Report on vaccination in the Province of Bengal - 1869-1873
Year: 1869
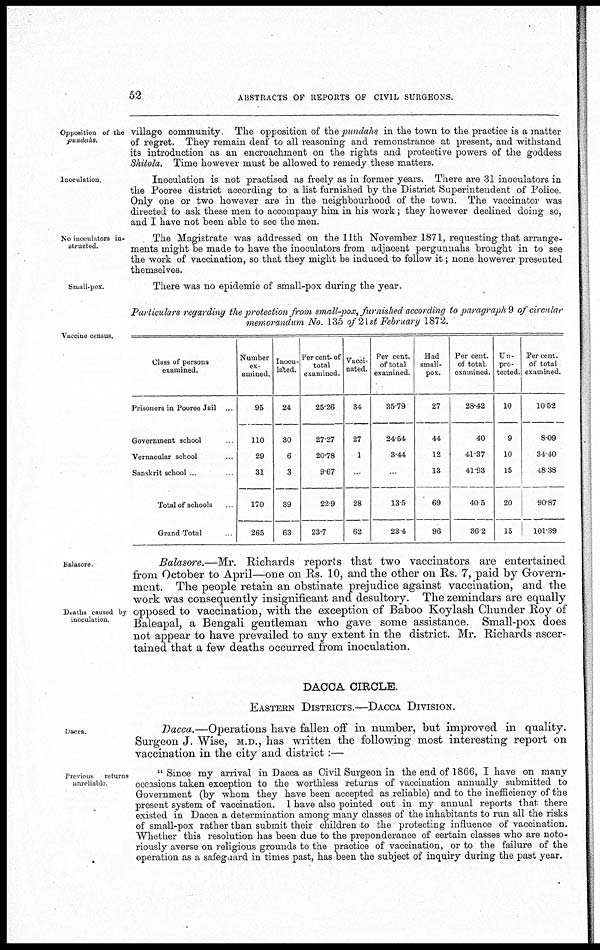
52
ABSTRACTS OF REPORTS OF CIVIL SURGEONS.
Opposition of the
pundahs.
village community. The opposition of the pundahs in the town to the practice is a matter
of regret. They remain deaf to all reasoning and remonstrance at present, and withstand
its introduction as an encroachment on the rights and protective powers of the goddess
Shitola. Time however must be allowed to remedy these matters.
Inoculation.
Inoculation is not practised as freely as in former years. There are 31 inoculators in
the Pooree district according to a list furnished by the District Superintendent of Police.
Only one or two however are in the neighbourhood of the town. The vaccinator was
directed to ask these men to accompany him in his work; they however declined doing so,
and I have not been able to see the men.
No inoculators in-
structed.
The Magistrate was addressed on the 11th November 1871, requesting that arrange-
ments might be made to have the inoculators from adjacent pergunnahs brought in to see
the work of vaccination, so that they might be induced to follow it; none however presented
themselves.
Small-pox.
There was no epidemic of small-pox during the year.
Particulars regarding the protection from small-pox, furnished according to paragraph 9 of circular
memorandum No. 135 of 21st February 1872.
Vaccine census.
Class of persons
examined.
Prisoners in Pooree Jail ...
Government school ...
Vernacular school ...
Sanskrit school ...
Total of schools
Grand Total ...
Number
ex-
amined.
95
110
29
31
170
265
Inocu-
lated.
24
30
6
3
39
63
Per cent. of
total
examined.
25.26
27.27
20.78
9.67
22.9
23.7
Vacci-
nated.
34
27
1
...
28
62
Per cent.
of total
examined.
35.79
24.54
3.44
...
13.5
23.4
Had
small-
pox.
27
44
12
13
69
96
Per cent.
of total
examined.
28.42
.40
41.37
41.93
40.5
36.2
Un-
pro-
tected.
10
9
10
15
20
15
Per cent.
of total
examined.
10.52
8.09
34.40
48.38
90.87
101.39
Balasore
Deaths caused by
inoculation.
Balasore.—Mr. Richards reports that two vaccinators are entertained
from October to April—one on Rs. 10, and the other on Rs. 7, paid by Govern-
ment. The people retain an obstinate prejudice against vaccination, and the
work was consequently insignificant and desultory. The zemindars are equally
opposed to vaccination, with the exception of Baboo Koylash Chunder Roy of
Baleapal, a Bengali gentleman who gave some assistance. Small-pox does
not appear to have prevailed to any extent in the district. Mr. Richards ascer-
tained that a few deaths occurred from inoculation.
DACCA CIRCLE.
EASTERN DISTRICTS.—DACCA DIVISION.
Dacca.
Dacca.—Operations have fallen off in number, but improved in quality.
Surgeon J. Wise, M.D., has written the following most interesting report on
vaccination in the city and district :—
Previous returns
unreliable
" Since my arrival in Dacca as Civil Surgeon in the end of 1866, I have on many
occasions taken exception to the worthless returns of vaccination annually submitted to
Government (by whom they have been accepted as reliable) and to the inefficiency of the
present system of vaccination. I have also pointed out in my annual reports that there
existed in Dacca a determination among many classes of the inhabitants to run all the risks
of small-pox rather than submit their children -to the protecting influence of vaccination.
Whether this resolution has been due to the preponderance of certain classes who are noto-
riously averse on religious grounds to the practice of vaccination, or to the failure of the
operation as a safeguard in times past, has been the subject of inquiry during the past year.